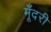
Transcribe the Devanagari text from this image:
मूँदरी